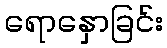
ရောနှောခြင်း